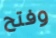
وفتح